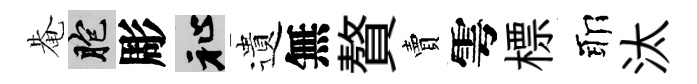
𤲅胞彫祉遺無贅賣雩標耶汰